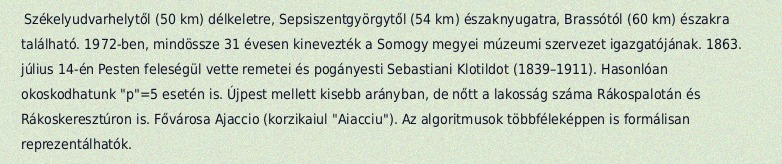
Székelyudvarhelytől (50 km) délkeletre, Sepsiszentgyörgytől (54 km) északnyugatra, Brassótól (60 km) északra található. 1972-ben, mindössze 31 évesen kinevezték a Somogy megyei múzeumi szervezet igazgatójának. 1863. július 14-én Pesten feleségül vette remetei és pogányesti Sebastiani Klotildot (1839–1911). Hasonlóan okoskodhatunk "p"=5 esetén is. Újpest mellett kisebb arányban, de nőtt a lakosság száma Rákospalotán és Rákoskeresztúron is. Fővárosa Ajaccio (korzikaiul "Aiacciu"). Az algoritmusok többféleképpen is formálisan reprezentálhatók.